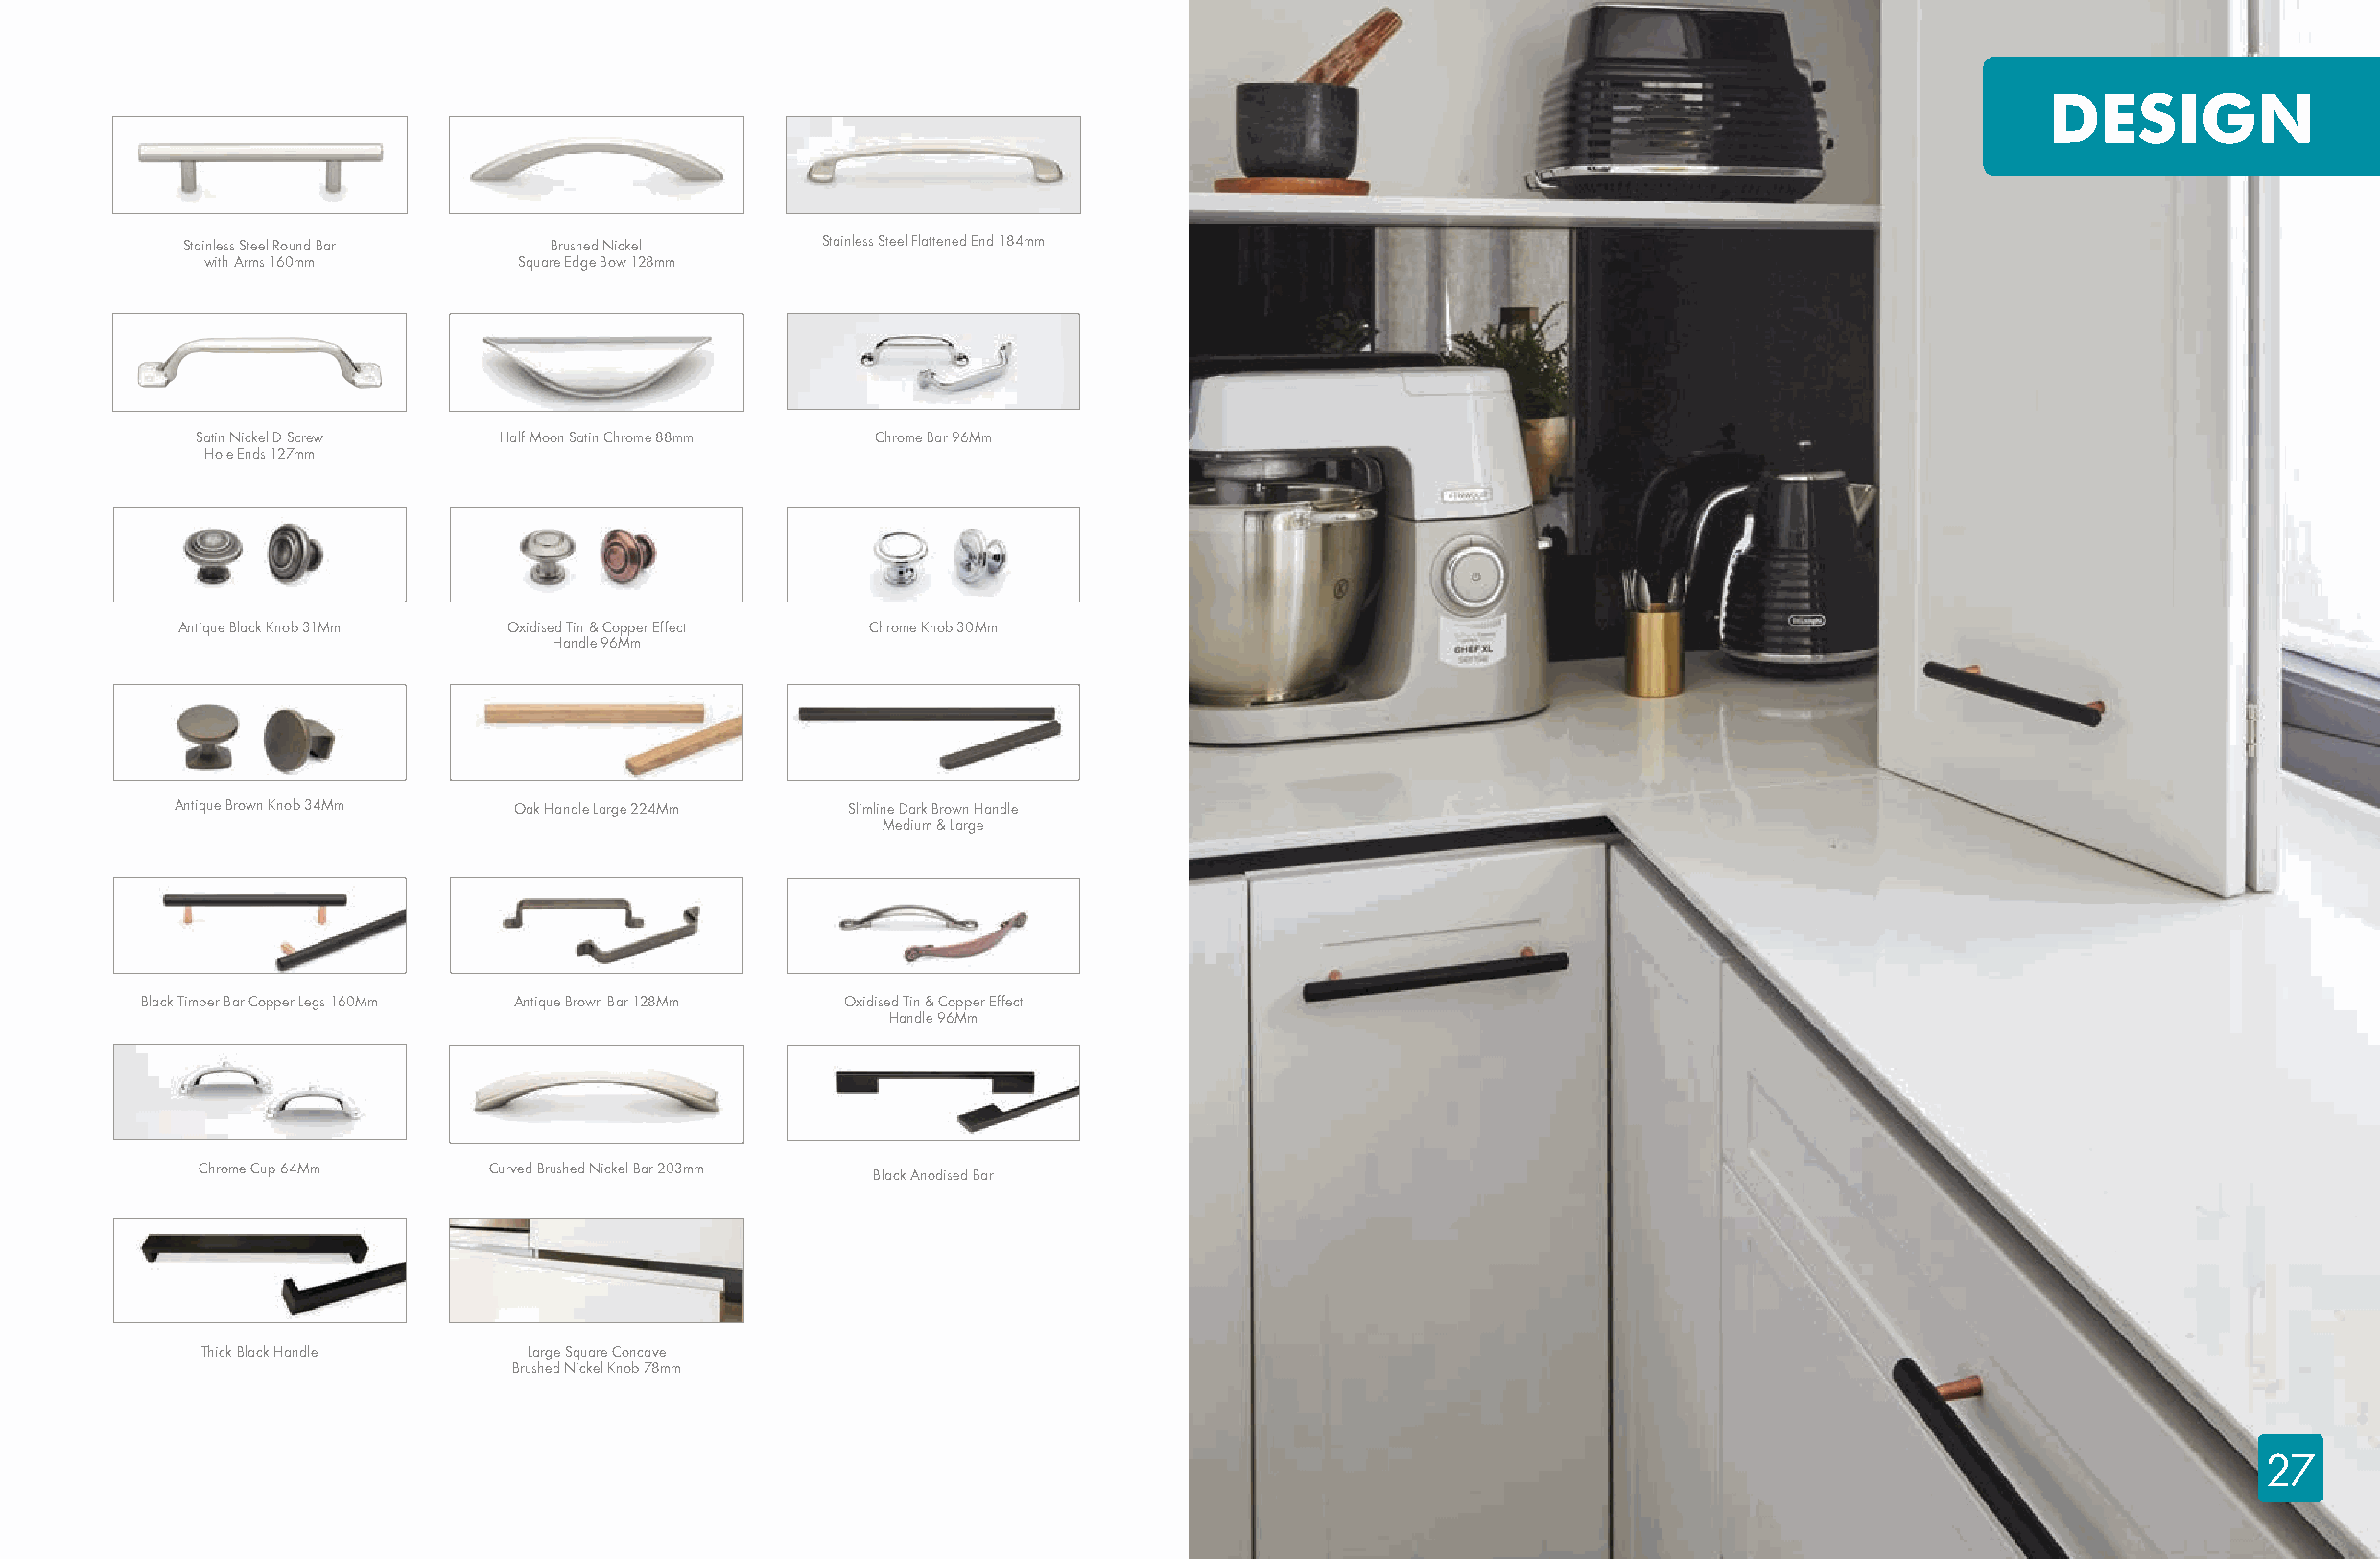
DESIGN
 Stainless Steel Round Bar Brushed Nickel    Stainless Steel Flattened End 184mm
 with Arms 160mm       Square Edge Bow 128mm
 Satin Nickel D Screw Half Moon Satin Chrome 88mm Chrome Bar 96Mm
 Hole Ends 127mm
 Antique Black Knob 31Mm Oxidised Tin & Copper Effect Chrome Knob 30Mm
 Handle 96Mm
 Antique Brown Knob 34Mm Oak Handle Large 224Mm Slimline Dark Brown Handle
 Medium & Large
 Black Timber Bar Copper Legs 160Mm Antique Brown Bar 128Mm Oxidised Tin & Copper Effect
 Handle 96Mm
 Chrome Cup 64Mm     Curved Brushed Nickel Bar 203mm
 Black Anodised Bar
 Thick Black Handle    Large Square Concave
 Brushed Nickel Knob 78mm
 27